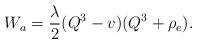
LaTeX: \begin{align*}W_a=\frac{\lambda}{2}(Q^3-v)(Q^3+\rho_e).\end{align*}